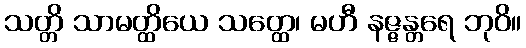
သတ္တိ သာမတ္ထိယေ သတ္ထေ၊ မဟီ နဇ္ဇန္တရေ ဘုဝိ။